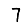
Digit: 7